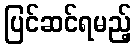
ပြင်ဆင်ရမည့်